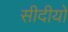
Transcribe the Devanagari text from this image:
सीदीयो